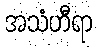
အသံဟီရာ